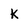
Character: K